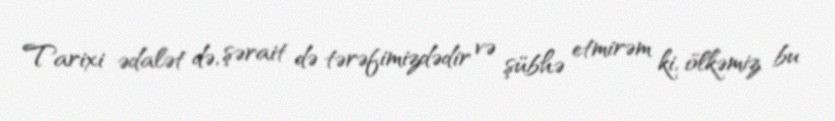
Tarixi ədalət də, şərait də tərəfimizdədir və şübhə etmirəm ki, ölkəmiz bu